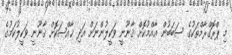
މި ޕްރޮގްރާމްތަކުގެ ސަބަބުން ޢާއްމުކޮށް ޤާނޫނީ ވަކީލުންނަށް އަދި ޚާއްޞަކޮށް ޤާނޫނީ ވަކީލުކަމުގެ